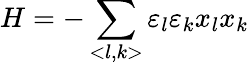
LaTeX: H=-\sum_{<l,k>}\varepsilon_{l}\varepsilon_{k}x_{l}x_{k}